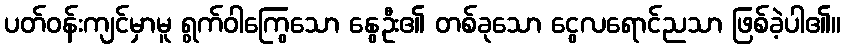
ပတ်ဝန်းကျင်မှာမူ ရွက်ဝါကြွေသော နွေဦး၏ တစ်ခုသော ငွေလရောင်ညသာ ဖြစ်ခဲ့ပါ၏။